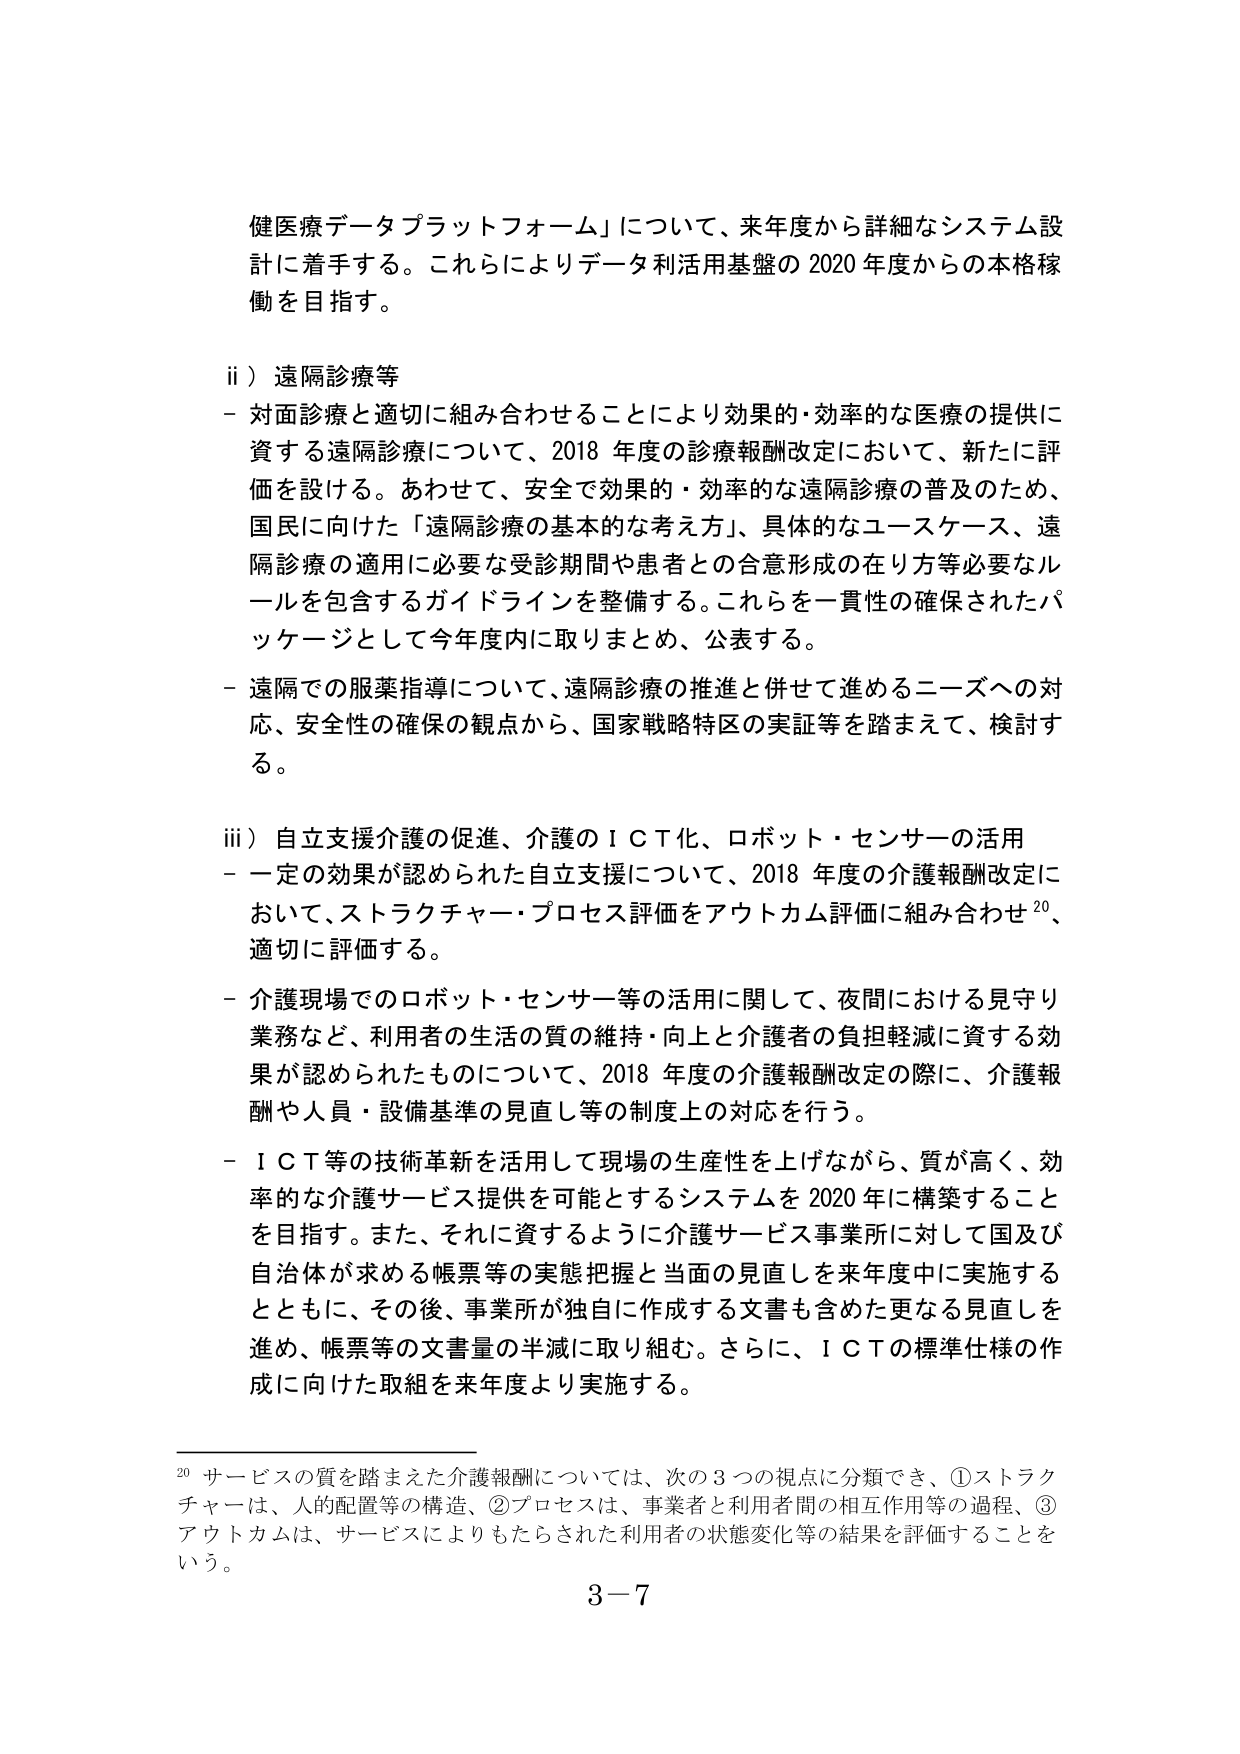
健医療データプラットフォーム」について、来年度から詳細なシステム設計に着手する。これらによりデータ利活用基盤の2020年度からの本格稼働を目指す。

ii）遠隔診療等
- 対面診療と適切に組み合わせることにより効果的・効率的な医療の提供に資する遠隔診療について、2018年度の診療報酬改定において、新たに評価を設ける。あわせて、安全で効果的・効率的な遠隔診療の普及のため、国民に向けた「遠隔診療の基本的な考え方」、具体的なユースケース、遠隔診療の適用に必要な受診期間や患者との合意形成の在り方等必要なルールを包含するガイドラインを整備する。これらを一貫性の確保されたパッケージとして今年度内に取りまとめ、公表する。
- 遠隔での服薬指導について、遠隔診療の推進と併せて進めるニーズへの対応、安全性の確保の観点から、国家戦略特区の実証等を踏まえて、検討する。

iii）自立支援介護の促進、介護のＩＣＴ化、ロボット・センサーの活用
- 一定の効果が認められた自立支援について、2018年度の介護報酬改定において、ストラクチャー・プロセス評価をアウトカム評価に組み合わせ20、適切に評価する。
- 介護現場でのロボット・センサー等の活用に関して、夜間における見守り業務など、利用者の生活の質の維持・向上と介護者の負担軽減に資する効果が認められたものについて、2018年度の介護報酬改定の際に、介護報酬や人員・設備基準の見直し等の制度上の対応を行う。
- ＩＣＴ等の技術革新を活用して現場の生産性を上げながら、質が高く、効率的な介護サービス提供を可能とするシステムを2020年に構築することを目指す。また、それに資するように介護サービス事業所に対して国及び自治体が求める帳票等の実態把握と当面の見直しを来年度中に実施するとともに、その後、事業所が独自に作成する文書も含めた更なる見直しを進め、帳票等の文書量の半減に取り組む。さらに、ＩＣＴの標準仕様の作成に向けた取組を来年度より実施する。

20 サービスの質を踏まえた介護報酬については、次の3つの視点に分類でき、①ストラクチャーは、人的配置等の構造、②プロセスは、事業者と利用者間の相互作用等の過程、③アウトカムは、サービスによりもたらされた利用者の状態変化等の結果を評価することをいう。

3－7